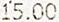
15.00